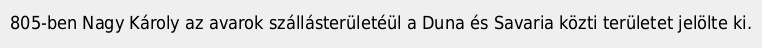
805-ben Nagy Károly az avarok szállásterületéül a Duna és Savaria közti területet jelölte ki.